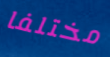
مختلفا